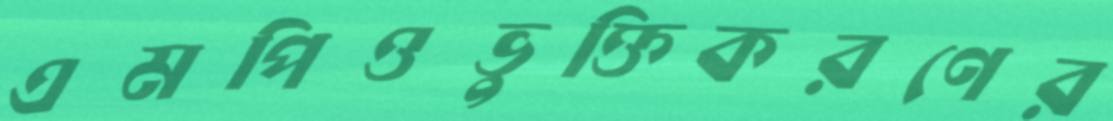
এমপিওভুক্তিকরণের